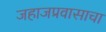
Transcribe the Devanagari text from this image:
जहाजप्रवासाचा